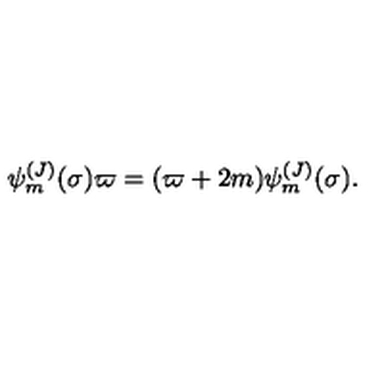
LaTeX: \psi _ { m } ^ { ( J ) } ( \sigma ) \varpi = ( \varpi + 2 m ) \psi _ { m } ^ { ( J ) } ( \sigma ) .